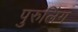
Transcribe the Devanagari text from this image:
पुरुलिंग